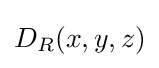
D_{R}(x,y,z)